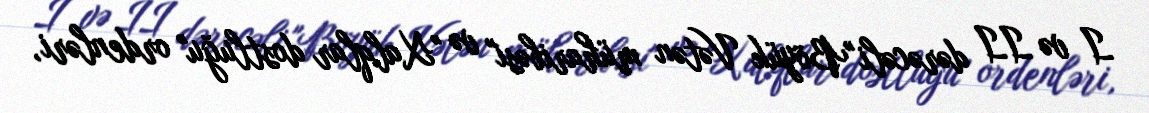
I və II dərəcəli "Böyük Vətən müharibəsi" və "Xalqlar dostluğu" ordenləri,